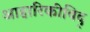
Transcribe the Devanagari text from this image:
आहारिकीविद्